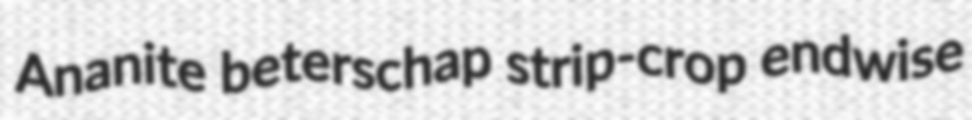
Ananite beterschap strip-crop endwise